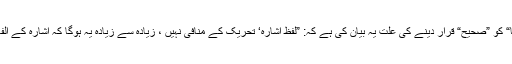
شیخ ناصر نے ”سلسلة الأحادیث الصحیحة“ (۱۳)میں لفظِ ”یحرّکہا“ کو ”صحیح“ قرار دینے کی علت یہ بیان کی ہے کہ: ”لفظِ اشارہ‘ تحریک کے منافی نہیں ، زیادہ سے زیادہ یہ ہوگا کہ اشارہ کے الفاظ ”تحریک“ کے متعلق صریح نہ ہوں گے؛ لیکن منافی بھی نہیں“۔